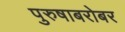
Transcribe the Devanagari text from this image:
पुरुषाबरोबर